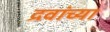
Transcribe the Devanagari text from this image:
द्रवांच्या